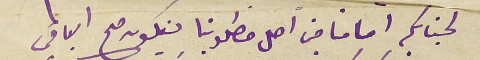
لجنابكم امامنا من اصل مطلوبنا فيكون صح الباقي